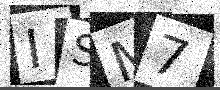
Text: ISM7